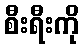
စီးရီးကို